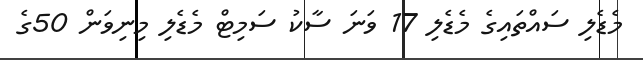
މެޑެލި ސައްތައިގެ މެޑެލި 17 ވަނަ ސާކު ސަމިޓް މެޑެލި މިނިވަން 50ގެ